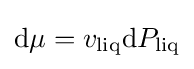
\mathrm {d} \mu =v_{\text{liq}}\mathrm {d} P_{\text{liq}}